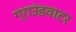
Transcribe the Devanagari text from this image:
ग्राउंडवाटर